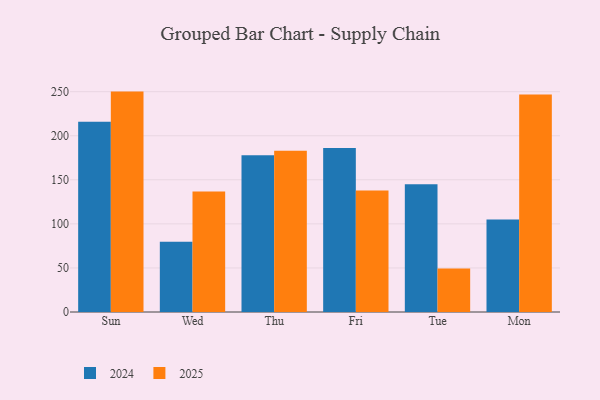
{"axis": {"x": "Day", "y": "Latency (ms)"}, "legend": ["2024", "2025"], "data": [{"x": "Sun", "y": 250.1, "type": "2025"}, {"x": "Sun", "y": 215.9, "type": "2024"}, {"x": "Wed", "y": 136.6, "type": "2025"}, {"x": "Wed", "y": 79.7, "type": "2024"}, {"x": "Thu", "y": 183.1, "type": "2025"}, {"x": "Thu", "y": 178.0, "type": "2024"}, {"x": "Fri", "y": 138.0, "type": "2025"}, {"x": "Fri", "y": 186.1, "type": "2024"}, {"x": "Tue", "y": 49.4, "type": "2025"}, {"x": "Tue", "y": 145.0, "type": "2024"}, {"x": "Mon", "y": 246.7, "type": "2025"}, {"x": "Mon", "y": 105.0, "type": "2024"}]}